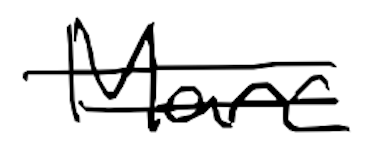
Text: Marc
Cross-out: double-line
Writing tool: digital_black